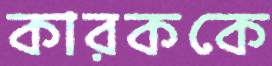
কারককে